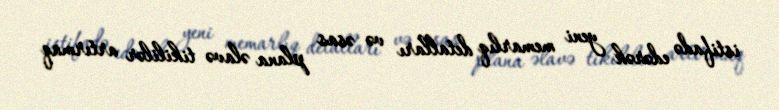
istifadə edərək yeni memarlıq detalları və əsas plana əlavə tikililər artırmaq